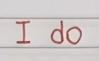
I do